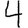
Digit: 4